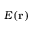
E ( \bf { r } )